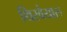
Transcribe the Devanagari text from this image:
थिरवैयारु